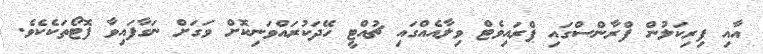
އާއި ފިރިކަލުން ފްރާންސްގައި ޕްރައިވެޓް ވިލާއެއްގައި ޗުއްޓީ ހޭދަކުރައްވަނިކޮށް ވަގަށް ނަގާފައިވާ ފޮޓޯތަކެކެވެ.